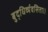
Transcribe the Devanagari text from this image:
बुद्धिर्व्यवसिता।।